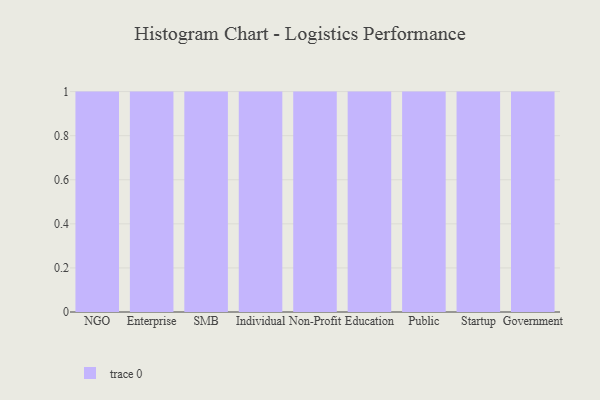
{"axis": {"x": "Segment", "y": "Humidity (%)"}, "legend": [""], "data": [{"x": "NGO", "y": 61, "type": ""}, {"x": "Enterprise", "y": 44, "type": ""}, {"x": "SMB", "y": 93, "type": ""}, {"x": "Individual", "y": 37, "type": ""}, {"x": "Non-Profit", "y": 23, "type": ""}, {"x": "Education", "y": 11, "type": ""}, {"x": "Public", "y": 62, "type": ""}, {"x": "Startup", "y": 36, "type": ""}, {"x": "Government", "y": 48, "type": ""}]}